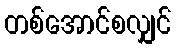
တစ်အောင်စလျှင်